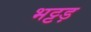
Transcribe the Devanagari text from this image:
भट्टड़